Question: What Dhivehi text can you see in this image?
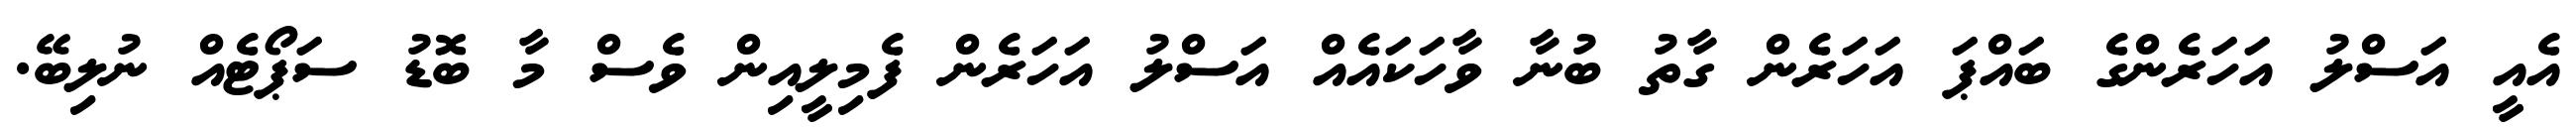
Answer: އެއީ އަސްލު އަހަރެންގެ ބައްޕަ އަހަރެން ގާތު ބުނާ ވާހަކައެއް އަސްލު އަހަރެން ފެމިލީއިން ވެސް މާ ބޮޑު ސަޕޯޓެއް ނުލިބޭ.